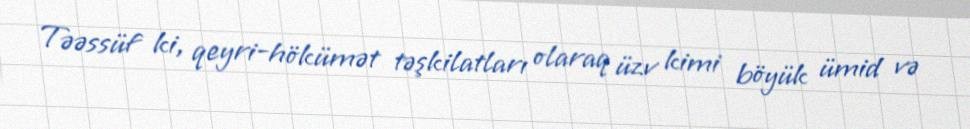
Təəssüf ki, qeyri-hökümət təşkilatları olaraq üzv kimi böyük ümid və